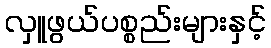
လှူဖွယ်ပစ္စည်းများနှင့်